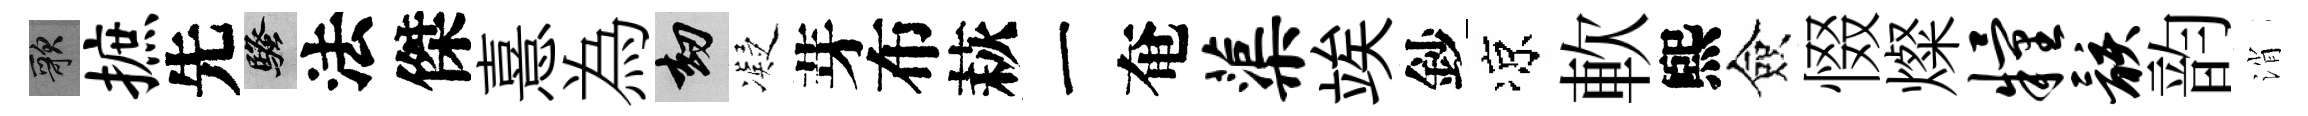
歌摭先騷法傑憙為劫凝芽布萩一奄蕖竢鈔凉軟煕僉惙燦粮骸韵消